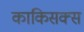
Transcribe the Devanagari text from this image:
काकिसक्स